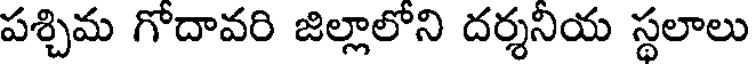
పశ్చిమ గోదావరి జిల్లాలోని దర్శనియ స్థలాలు